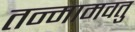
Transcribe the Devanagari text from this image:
तन्मामवतु